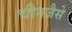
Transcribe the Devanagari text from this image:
चीनजैसे